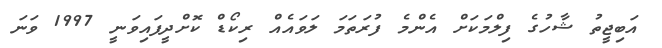
އަބިޖީތު ޝާހުގެ ފިލްމަކަށް އެންމެ ފުރަތަމަ ލަވައެއް ރިކޯޑް ކޮށްދީފައިވަނީ 1997 ވަނަ